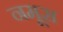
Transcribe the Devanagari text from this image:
नमूस